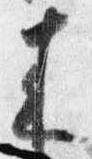
来